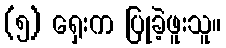
(၅) ရှေးက ပြုခဲ့ဖူးသူ။